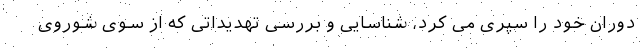
دوران خود را سپری می کرد، شناسایی و بررسی تهدیداتی که از سوی شوروی